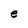
Character: e